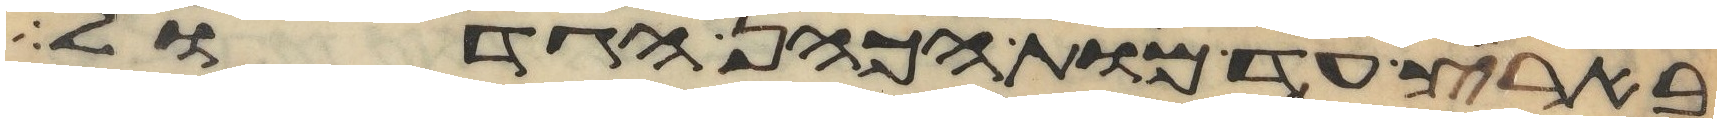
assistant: בארץ עד מות הכהן הגדול